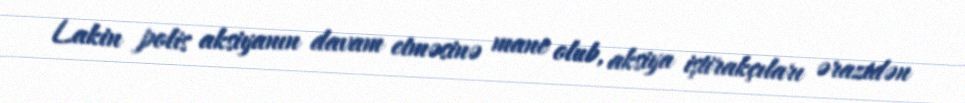
Lakin polis aksiyanın davam etməsinə mane olub, aksiya iştirakçıları ərazidən